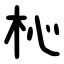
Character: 杺